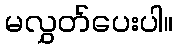
မလွှတ်ပေးပါ။